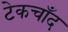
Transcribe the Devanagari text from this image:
टेकचाँद